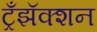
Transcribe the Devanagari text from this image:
ट्रँझॅक्शन